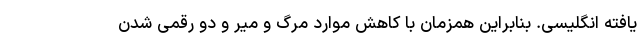
یافته انگلیسی. بنابراین همزمان با کاهش موارد مرگ و میر و دو رقمی شدن